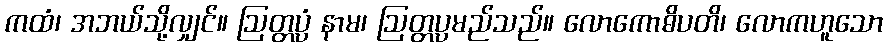
ကထံ၊ အဘယ်သို့လျှင်။ ဩတ္တပ္ပံ နာမ၊ ဩတ္တပ္ပမည်သည်။ လောကောဓိပတိ၊ လောကဟူသော